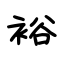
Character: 裕